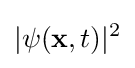
|\psi (\mathbf {x} ,t)|^{2}